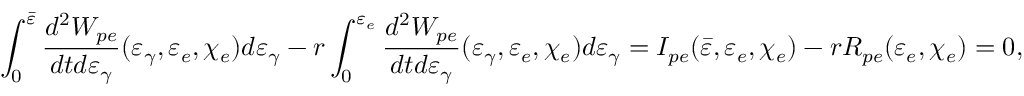
\int _ { 0 } ^ { \bar { \varepsilon } } \frac { d ^ { 2 } W _ { p e } } { d t d \varepsilon _ { \gamma } } ( \varepsilon _ { \gamma } , \varepsilon _ { e } , \chi _ { e } ) d \varepsilon _ { \gamma } - r \int _ { 0 } ^ { \varepsilon _ { e } } \frac { d ^ { 2 } W _ { p e } } { d t d \varepsilon _ { \gamma } } ( \varepsilon _ { \gamma } , \varepsilon _ { e } , \chi _ { e } ) d \varepsilon _ { \gamma } = I _ { p e } ( \bar { \varepsilon } , \varepsilon _ { e } , \chi _ { e } ) - r R _ { p e } ( \varepsilon _ { e } , \chi _ { e } ) = 0 ,